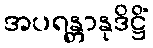
အပရန္တာနုဒိဋ္ဌိံ